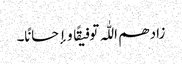
زادھم اللّٰہ توفیقًا و إحسانًا۔